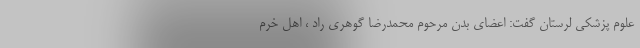
علوم پزشکی لرستان گفت: اعضای بدن مرحوم محمدرضا گوهری راد ، اهل خرم